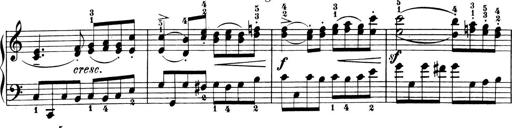
Title: 6 Piano Sonatinas
Composer: Cornelius Gurlitt